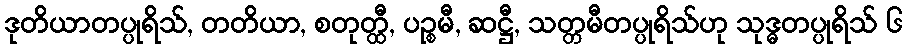
ဒုတိယာတပ္ပုရိသ်, တတိယာ, စတုတ္ထီ, ပဉ္စမီ, ဆဋ္ဌီ, သတ္တမီတပ္ပုရိသ်ဟု သုဒ္ဓတပ္ပုရိသ် ၆